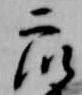
衆